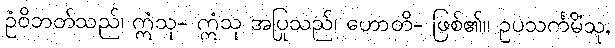
ဥံဝိဘတ်သည်၊ ဣံသု- ဣံသု အပြုသည်၊ ဟောတိ- ဖြစ်၏။ ဥပသင်္ကမိံသု,